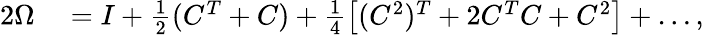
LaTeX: \begin{array}{rl}{2\Omega}&{{}=I+\frac{1}{2}(C^{T}+C)+\frac{1}{4}\left[(C^{2})^{T}+2C^{T}C+C^{2}\right]+\ldots,}\end{array}